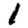
Digit: 1